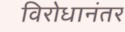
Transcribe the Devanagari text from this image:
विरोधानंतर